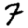
Digit: 7